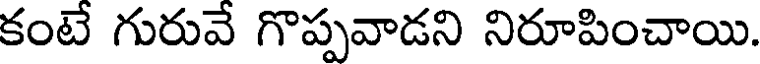
కంటే గురువే గొప్పవాడని నిరూపించాయి.